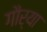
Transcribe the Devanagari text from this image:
गौर्या